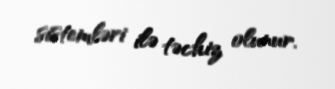
sistemləri ilə təchiz olunur.